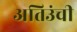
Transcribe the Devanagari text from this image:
अतिउंची